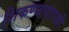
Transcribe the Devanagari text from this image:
शिकण्यासारखी